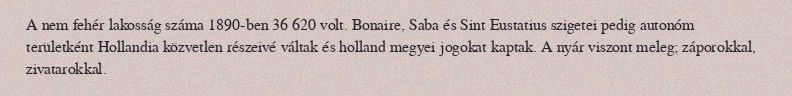
A nem fehér lakosság száma 1890-ben 36 620 volt. Bonaire, Saba és Sint Eustatius szigetei pedig autonóm területként Hollandia közvetlen részeivé váltak és holland megyei jogokat kaptak. A nyár viszont meleg; záporokkal, zivatarokkal.